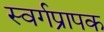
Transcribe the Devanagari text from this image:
स्वर्गप्रापक